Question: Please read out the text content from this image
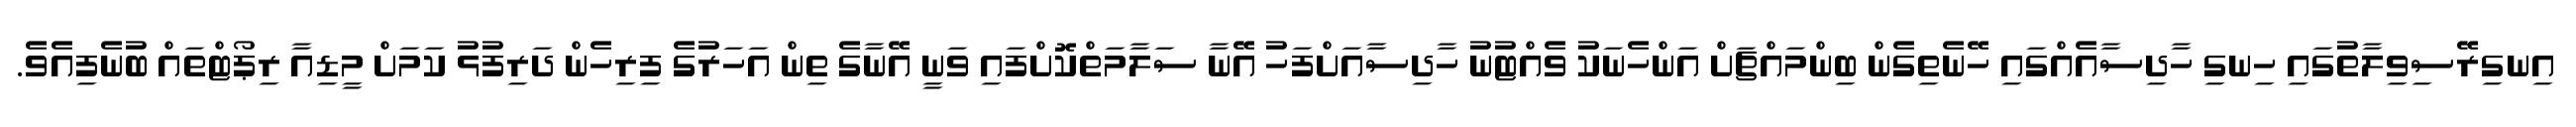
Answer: އިނގިރޭސިވިލާތުގައި ހިނގި ހާދިސާއެއްގައި ހޭނެތިގެން ބިންމައްޗަށް އަންހެނަކު ވެއްޓުނު ހާދިސާއަށްފަހު އޭނާ ސަލާމަތްކޮށްފައި ވަނީ އޭނާގެ ތިން އަހަރުގެ ފިރިހެން ދަރިފުޅު ކަމަށް މީޑިއާ ރިޕޯޓްތައް ބުނެފިއެވެ.